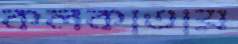
কলকাতায়